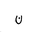
Letter: _non